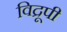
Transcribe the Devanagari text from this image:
विद्रूपी